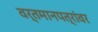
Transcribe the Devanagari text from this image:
वर्तमानपत्रांवर